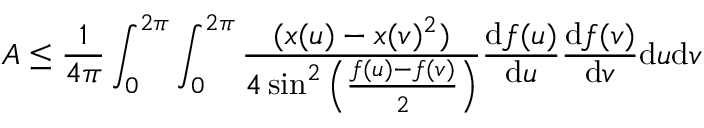
A \leq \frac { 1 } { 4 \pi } \int _ { 0 } ^ { 2 \pi } \int _ { 0 } ^ { 2 \pi } \frac { ( x ( u ) - x ( v ) ^ { 2 } ) } { 4 \sin ^ { 2 } \left( \frac { f ( u ) - f ( v ) } { 2 } \right) } \frac { \mathrm { d } f ( u ) } { \mathrm { d } u } \frac { \mathrm { d } f ( v ) } { \mathrm { d } v } \mathrm { d } u \mathrm { d } v